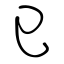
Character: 已